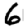
Digit: 6